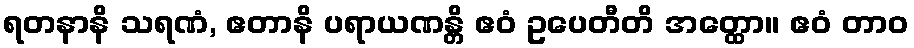
ရတနာနိ သရဏံ, ဧတာနိ ပရာယဏန္တိ ဧဝံ ဥပေတီတိ အတ္ထော။ ဧဝံ တာဝ